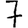
Digit: 7